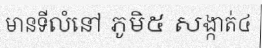
មានទីលំនៅ ភូមិ៥ សង្កាត់៤